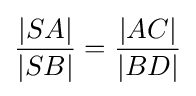
{\frac {|SA|}{|SB|}}={\frac {|AC|}{|BD|}}